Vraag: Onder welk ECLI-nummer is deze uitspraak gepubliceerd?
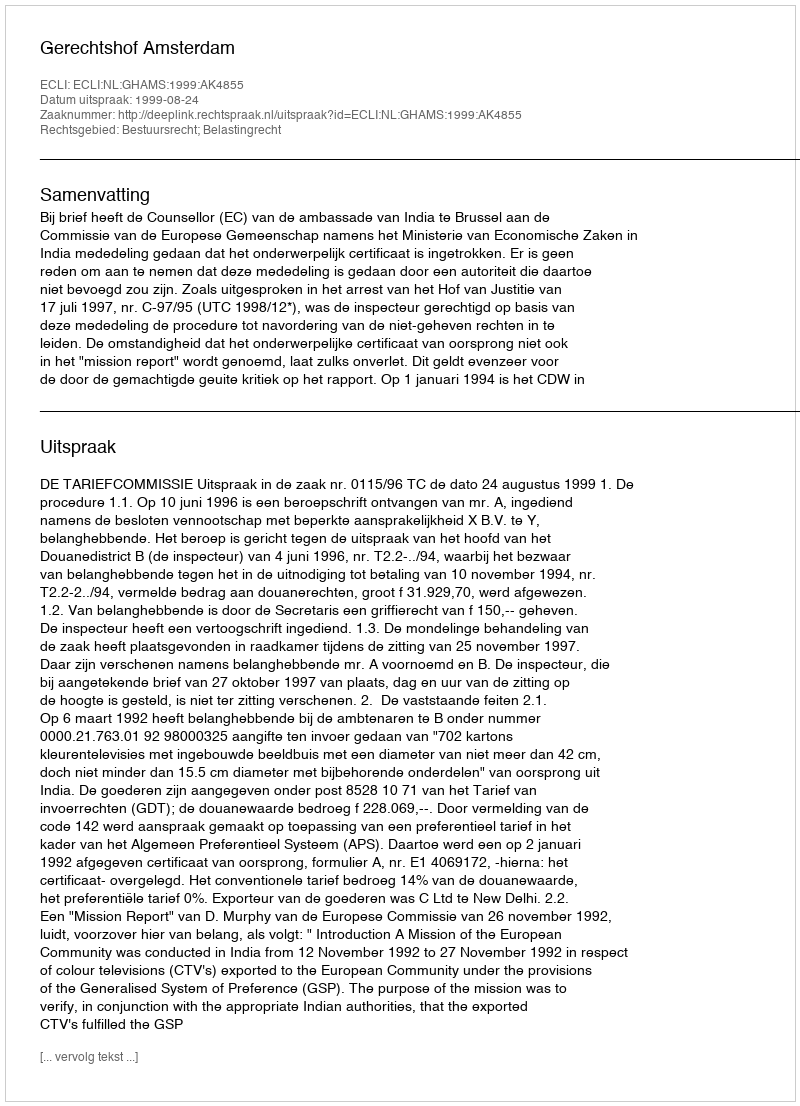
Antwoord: ECLI:NL:GHAMS:1999:AK4855